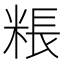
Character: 粻